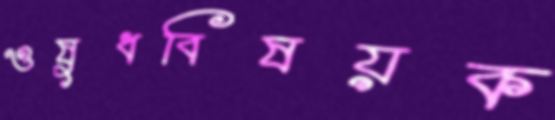
ওষুধবিষয়ক